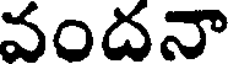
వందనా